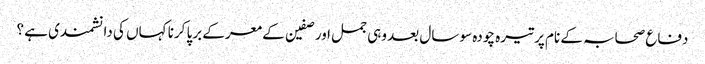
دفاع صحابہ کے نام پر تیرہ چودہ سو سال بعد وہی جمل اور صفین کے معرکے برپا کرنا کہاں کی دانشمندی ہے ؟